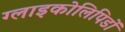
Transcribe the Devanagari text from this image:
ग्लाइकोलिपिडों